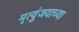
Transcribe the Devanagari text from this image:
मृत्युंजयाच्या